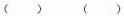
( ) ( )